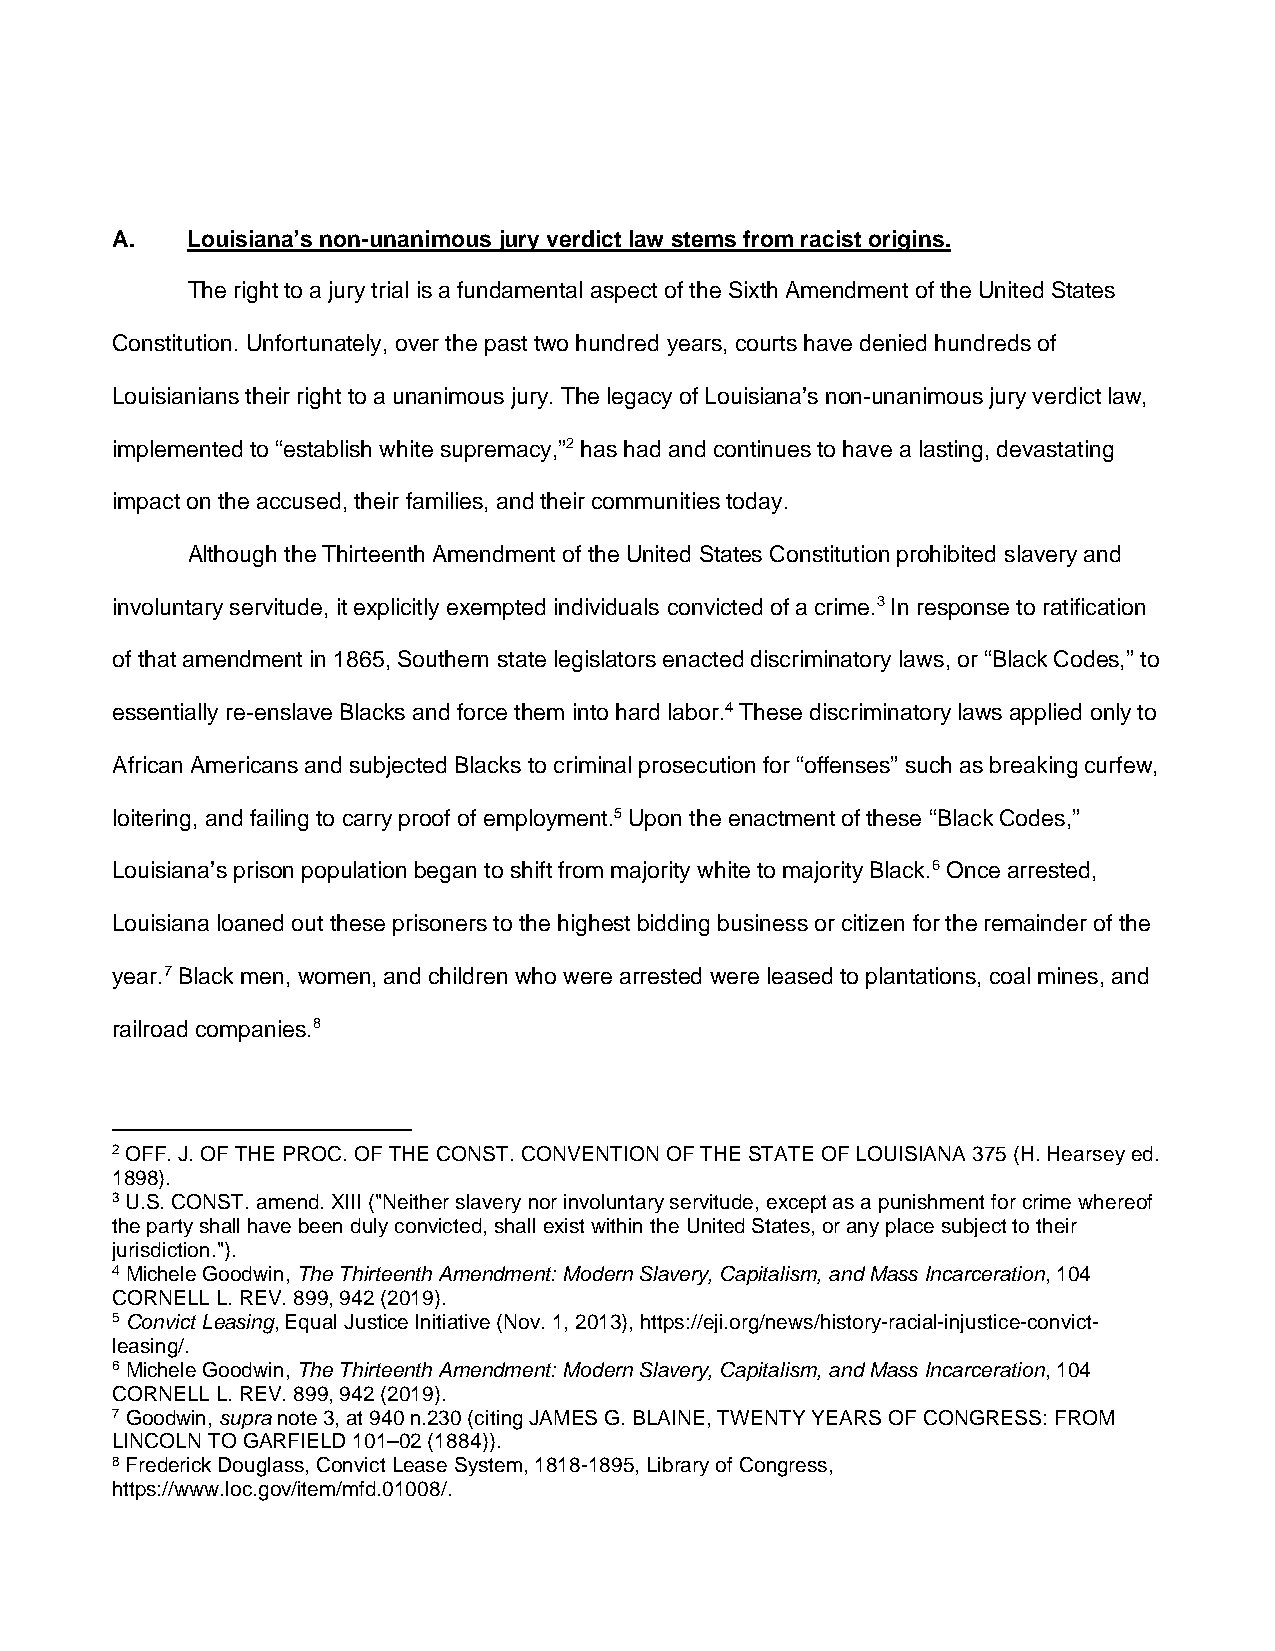
A.   Louisiana’s non-unanimous jury verdict law stems from racist origins.
 The right to a jury trial is a fundamental aspect of the Sixth Amendment of the United States
 Constitution. Unfortunately, over the past two hundred years, courts have denied hundreds of
 Louisianians their right to a unanimous jury. The legacy of Louisiana’s non-unanimous jury verdict law,
 implemented to “establish white supremacy,”2 has had and continues to have a lasting, devastating
 impact on the accused, their families, and their communities today.
 Although the Thirteenth Amendment of the United States Constitution prohibited slavery and
 involuntary servitude, it explicitly exempted individuals convicted of a crime.3 In response to ratification
 of that amendment in 1865, Southern state legislators enacted discriminatory laws, or “Black Codes,” to
 essentially re-enslave Blacks and force them into hard labor.4 These discriminatory laws applied only to
 African Americans and subjected Blacks to criminal prosecution for “offenses” such as breaking curfew,
 loitering, and failing to carry proof of employment.5 Upon the enactment of these “Black Codes,”
 Louisiana’s prison population began to shift from majority white to majority Black.6 Once arrested,
 Louisiana loaned out these prisoners to the highest bidding business or citizen for the remainder of the
 year.7 Black men, women, and children who were arrested were leased to plantations, coal mines, and
 railroad companies.8
 2 OFF. J. OF THE PROC. OF THE CONST. CONVENTION OF THE STATE OF LOUISIANA 375 (H. Hearsey ed.
 1898).
 3 U.S. CONST. amend. XIII ("Neither slavery nor involuntary servitude, except as a punishment for crime whereof
 the party shall have been duly convicted, shall exist within the United States, or any place subject to their
 jurisdiction.").
 4 Michele Goodwin, The Thirteenth Amendment: Modern Slavery, Capitalism, and Mass Incarceration, 104
 CORNELL L. REV. 899, 942 (2019).
 5Convict Leasing, Equal Justice Initiative (Nov. 1, 2013), https://eji.org/news/history-racial-injustice-convict-
 leasing/.
 6 Michele Goodwin, The Thirteenth Amendment: Modern Slavery, Capitalism, and Mass Incarceration, 104
 CORNELL L. REV. 899, 942 (2019).
 7 Goodwin, supra note 3, at 940 n.230 (citing JAMES G. BLAINE, TWENTY YEARS OF CONGRESS: FROM
 LINCOLN TO GARFIELD 101–02 (1884)).
 8 Frederick Douglass, Convict Lease System, 1818-1895, Library of Congress,
 https://www.loc.gov/item/mfd.01008/.